Report on the cholera epidemic of
Year: 1868
Disease focus: Cholera
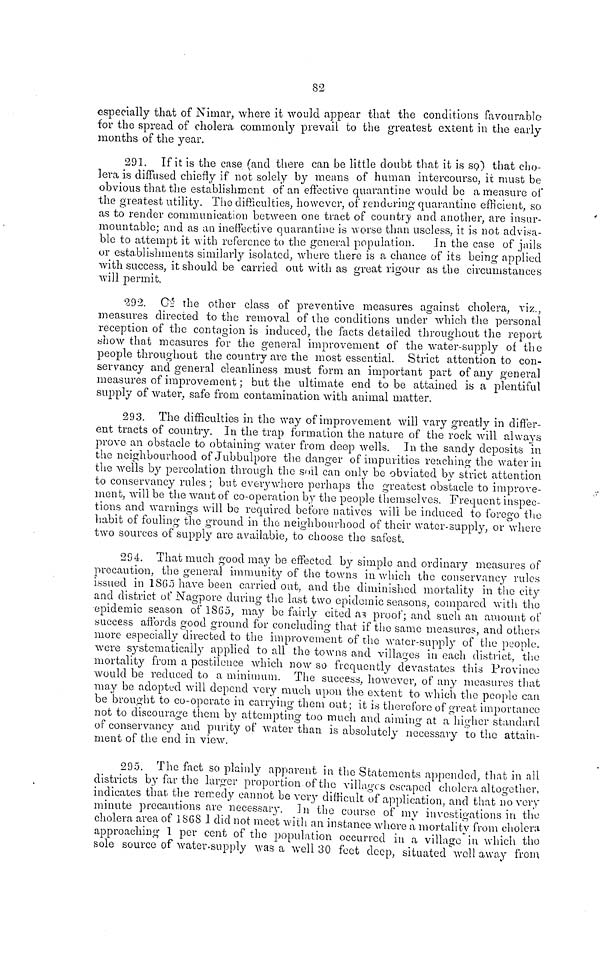
82
especially that of Nimar, where it would appear that the conditions favourable
for the spread of cholera commonly prevail to the greatest extent in the early
months of the year.
291. If it is the case (and there can be little doubt that it is so) that cho-
lera is diffused chiefly if not solely by means of human intercourse, it must be
obvious that the establishment of an effective quarantine would be a measure of
the greatest utility. The difficulties, however, of rendering quarantine efficient, so
as to render communication between one tract of country and another, are insur-
mountable; and as an ineffective quarantine is worse than useless, it is not advisa-
ble to attempt it with reference to the general population. In the case of jails
or establishments similarly isolated, where there is a chance of its being applied
with success, it should be carried out with as great rigour as the circumstances
will permit.
292. Of the other class of preventive measures against cholera, viz.,
measures directed to the removal of the conditions under which the personal
reception of the contagion is induced, the facts detailed throughout the report
show that measures for the general improvement of the water-supply of the
people throughout the country are the most essential. Strict attention to con-
servancy and general cleanliness must form an important part of any general
measures of improvement ; but the ultimate end to be attained is a plentiful
supply of water, safe from contamination with animal matter.
293. The difficulties in the way of improvement will vary greatly in differ-
ent tracts of country. In the trap formation the nature of the rock will always
prove an obstacle to obtaining water from deep wells. In the sandy deposits in
the neighbourhood of Jubbulpore the danger of impurities reaching the water in
the wells by percolation through the soil can only be obviated by strict attention
to conservancy rules ; but everywhere perhaps the greatest obstacle to improve-
ment, will be the want of co-operation by the people themselves. Frequent inspec-
tions and warnings will be required before natives will be induced to forego the
habit of fouling the ground in the neighbourhood of their water-supply, or where
two sources of supply are available, to choose the safest.
294. That much good may be effected by simple and ordinary measures of
precaution, the general immunity of the towns in which the conservancy rules
issued in 1865 have been carried out, and the diminished mortality in the city
and district of Nagpore during the last two epidemic seasons, compared with the
epidemic season of 1865, may be fairly cited as proof; and such an amount of
success affords good ground for concluding that if the same measures, and others
more especially directed to the improvement of the water-supply of the people.
were systematically applied to all the towns and villages in each district, the
mortality from a pestilence which now so frequently devastates this Province
•would be reduced to a minimum. The success, however, of any measures that
may be adopted will depend very much upon the extent to which the people can
be brought to co-operate in carrying them out; it is therefore of great importance
not to discourage them by attempting too much and aiming at a higher standard
of conservancy and purity of water than is absolutely necessary to the attain-
ment of the end in view.
295. The fact so plainly apparent in the Statements appended, that in all
districts by far the larger proportion of the villages escaped cholera altogether,
indicates that, the remedy cannot be very difficult of application, and that no very
minute precautions are necessary. In the course of my investigations in the
cholera area of 1868 I did not meet with an instance where a mortality from cholera
approaching 1 per cent of the population occurred in a village in which the
sole source of water-supply was a well 30 feet deep, situated well away from